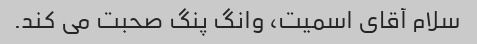
سلام آقای اسمیت، وانگ پنگ صحبت می کند.